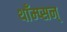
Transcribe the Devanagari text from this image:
थाँम्प्सन्